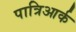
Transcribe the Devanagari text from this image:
पात्रिआर्क